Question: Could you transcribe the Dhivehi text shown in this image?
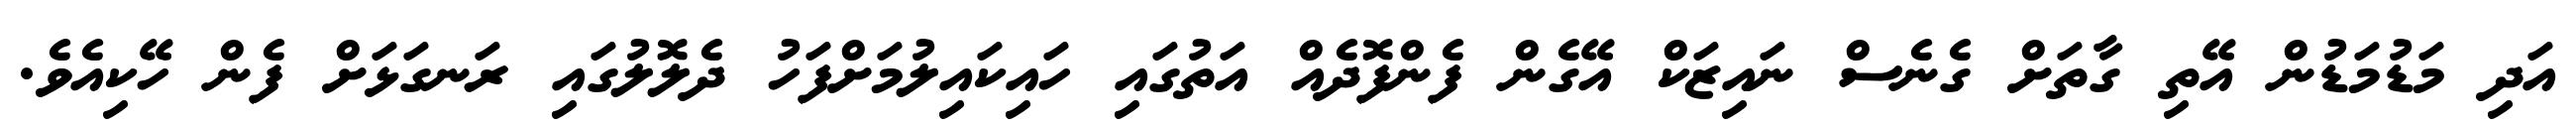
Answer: އަދި މަޑުމަޑުން އޭތި ގާތަށް ގެނެސް ނައިޒަކް އޭގެން ފެންފޮދެއް އަތުގައި ހައިކައިލުމަށްފަހު ދެލޮލުގައި ރަނގަޅަށް ފެން ހޭކިއެވެ.